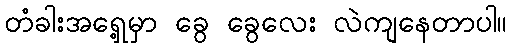
တံခါးအရှေ့မှာ ခွေ ခွေလေး လဲကျနေတာပါ။